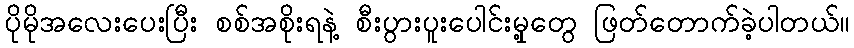
ပိုမိုအလေးပေးပြီး စစ်အစိုးရနဲ့ စီးပွားပူးပေါင်းမှု့တွေ ဖြတ်တောက်ခဲ့ပါတယ်။